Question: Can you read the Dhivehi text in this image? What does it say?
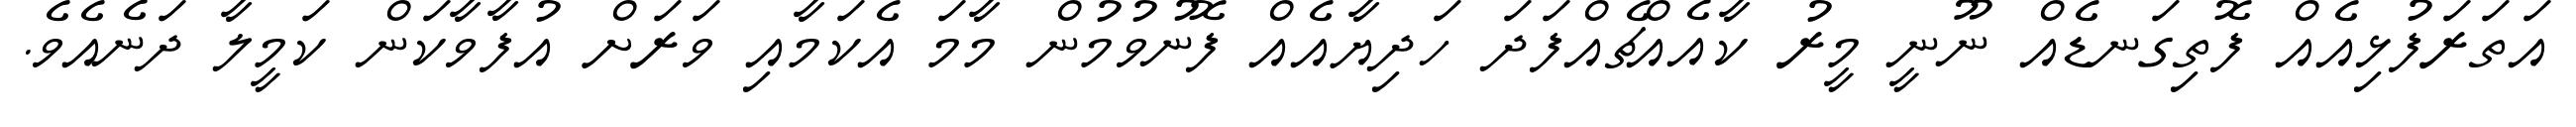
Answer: އަތަރަފުޅިއެއް ފޮތިގަނޑެއް ނޫނީ މީރު ކާއެއްޗެއްފަދަ ހަދިޔާއެއް ފޮނުވުމުން މާމަ އެކަމާއި ވަރަށް އުފާވާކަން ކަމީލާ ދަނެއެވެ.